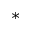
^ *